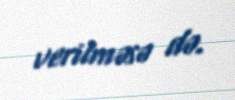
verilməsə də.